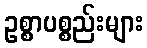
ဥစ္စာပစ္စည်းများ